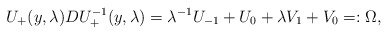
\begin{align*} U_{+}(y,\lambda)DU_{+}^{-1}(y,\lambda)=\lambda^{-1}U_{-1}+U_0+\lambda V_1+V_0=:\Omega,\end{align*}